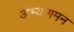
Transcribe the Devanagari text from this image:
अभ्यागमन